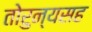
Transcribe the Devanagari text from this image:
तोरुन्यसह